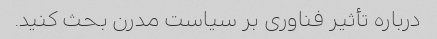
درباره تأثیر فناوری بر سیاست مدرن بحث کنید.